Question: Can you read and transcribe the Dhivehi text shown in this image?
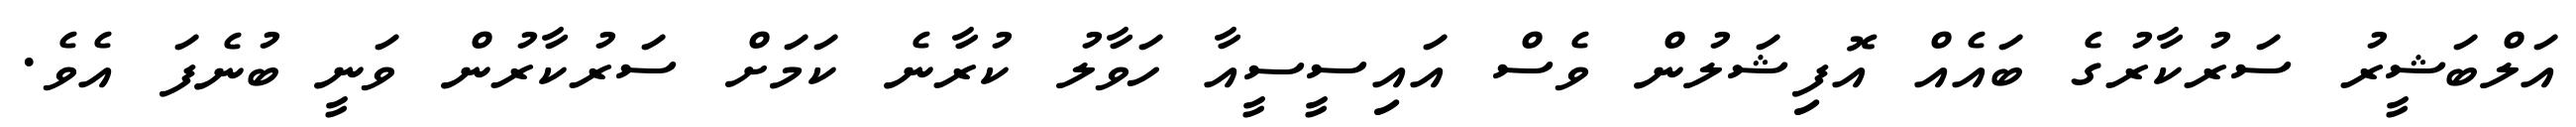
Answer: އަލްބަޝީރު ސަރުކާރުގެ ބައެއް އޮފިޝަލުން ވެސް އައިސީސީއާ ހަވާލު ކުރާނެ ކަމަށް ސަރުކާރުން ވަނީ ބުނެފަ އެވެ.